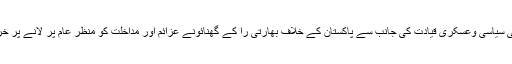
قائمہ کمیٹی نے پاکستان کی سیاسی وعسکری قیادت کی جانب سے پاکستان کے خلاف بھارتی را کے گھنائونے عزائم اور مداخلت کو منظر عام پر لانے پر خراج تحسین پیش کیا گیا ہے۔